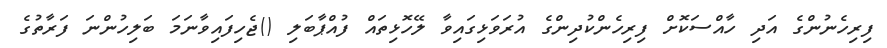
ފިރިހެނުންގެ އަދި ހާއްސަކޮށް ފިރިހެންކުދިންގެ އުރަވަޅިގައިވާ ލޭހޮޅިތައް ފުއްޕާބަލި ()ޖެހިފައިވާނަމަ ބަލިހުންނަ ފަރާތުގެ